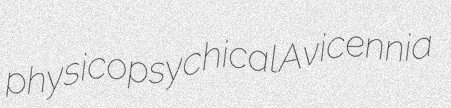
physicopsychical Avicennia